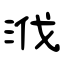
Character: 浌